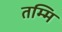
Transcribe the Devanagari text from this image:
तम्मि